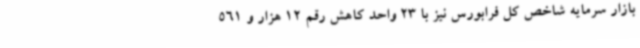
بازار سرمایه شاخص کل فرابورس نیز با 23 واحد کاهش رقم 12 هزار و 561